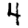
Digit: 4